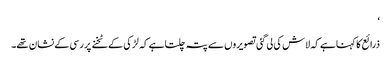
‘
ذرائع کا کہنا ہے کہ لاش کی لی گئی تصویروں سے پتہ چلتا ہے کہ لڑکی کےٹخنے پر رسی کے نشان تھے۔